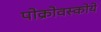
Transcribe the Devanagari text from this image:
पोक्रोवस्कोये